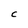
Character: C